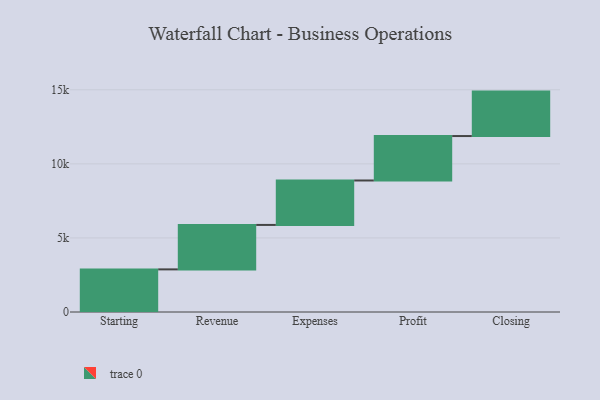
{"axis": {"x": "Step", "y": "Value"}, "legend": [""], "data": [{"x": "Starting", "y": 2877.0, "type": ""}, {"x": "Revenue", "y": 3000, "type": ""}, {"x": "Expenses", "y": 3000, "type": ""}, {"x": "Profit", "y": 3000, "type": ""}, {"x": "Closing", "y": 3000, "type": ""}]}